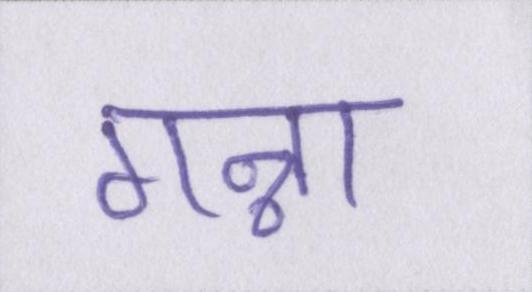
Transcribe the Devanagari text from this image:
गन्ना